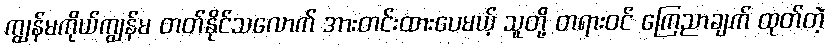
ကျွန်မကိုယ်ကျွန်မ တတ်နိုင်သလောက် အားတင်းထားပေမယ့် သူတို့ တရားဝင် ကြေညာချက် ထုတ်တဲ့